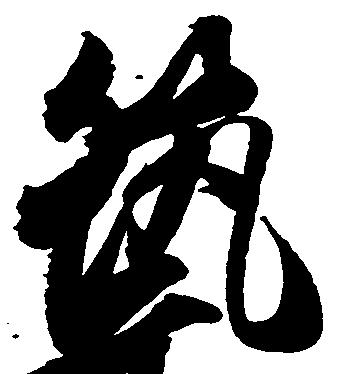
筑